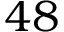
4 8